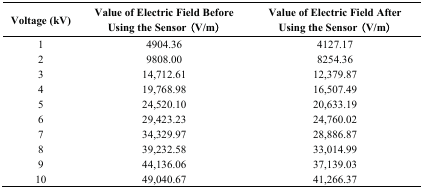
<table><thead><tr><td><b>Voltage (kV)</b></td><td><b>Value of Electric Field Before Using the Sensor (V/m)</b></td><td><b>Value of Electric Field After Using the Sensor (V/m)</b></td></tr></thead><tbody><tr><td>1</td><td>4904.36</td><td>4127.17</td></tr><tr><td>2</td><td>9808.00</td><td>8254.36</td></tr><tr><td>3</td><td>14,712.61</td><td>12,379.87</td></tr><tr><td>4</td><td>19,768.98</td><td>16,507.49</td></tr><tr><td>5</td><td>24,520.10</td><td>20,633.19</td></tr><tr><td>6</td><td>29,423.23</td><td>24,760.02</td></tr><tr><td>7</td><td>34,329.97</td><td>28,886.87</td></tr><tr><td>8</td><td>39,232.58</td><td>33,014.99</td></tr><tr><td>9</td><td>44,136.06</td><td>37,139.03</td></tr><tr><td>10</td><td>49,040.67</td><td>41,266.37</td></tr></tbody></table>